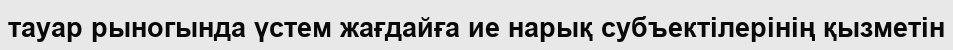
тауар рыногында үстем жағдайға ие нарық субъектілерінің қызметін